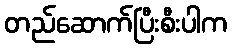
တည်ဆောက်ပြီးစီးပါက